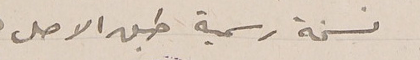
نسخة رسمية طبق الاصل